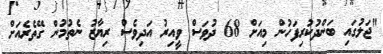
"ޖަލުގައި ބަންދުކުރިފަހުން މިއަށް 68 ދުވަސް ވީއިރު އަދިވެސް ރިޔާޒު ނެތުމުން ގޭތެރެއަށް